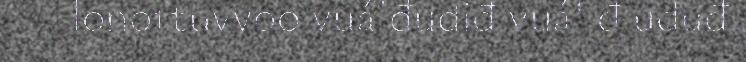
lonottuvvoo vuá'đudiđ vuá' đ uduđ